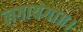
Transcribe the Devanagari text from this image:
लगायेगा॥।